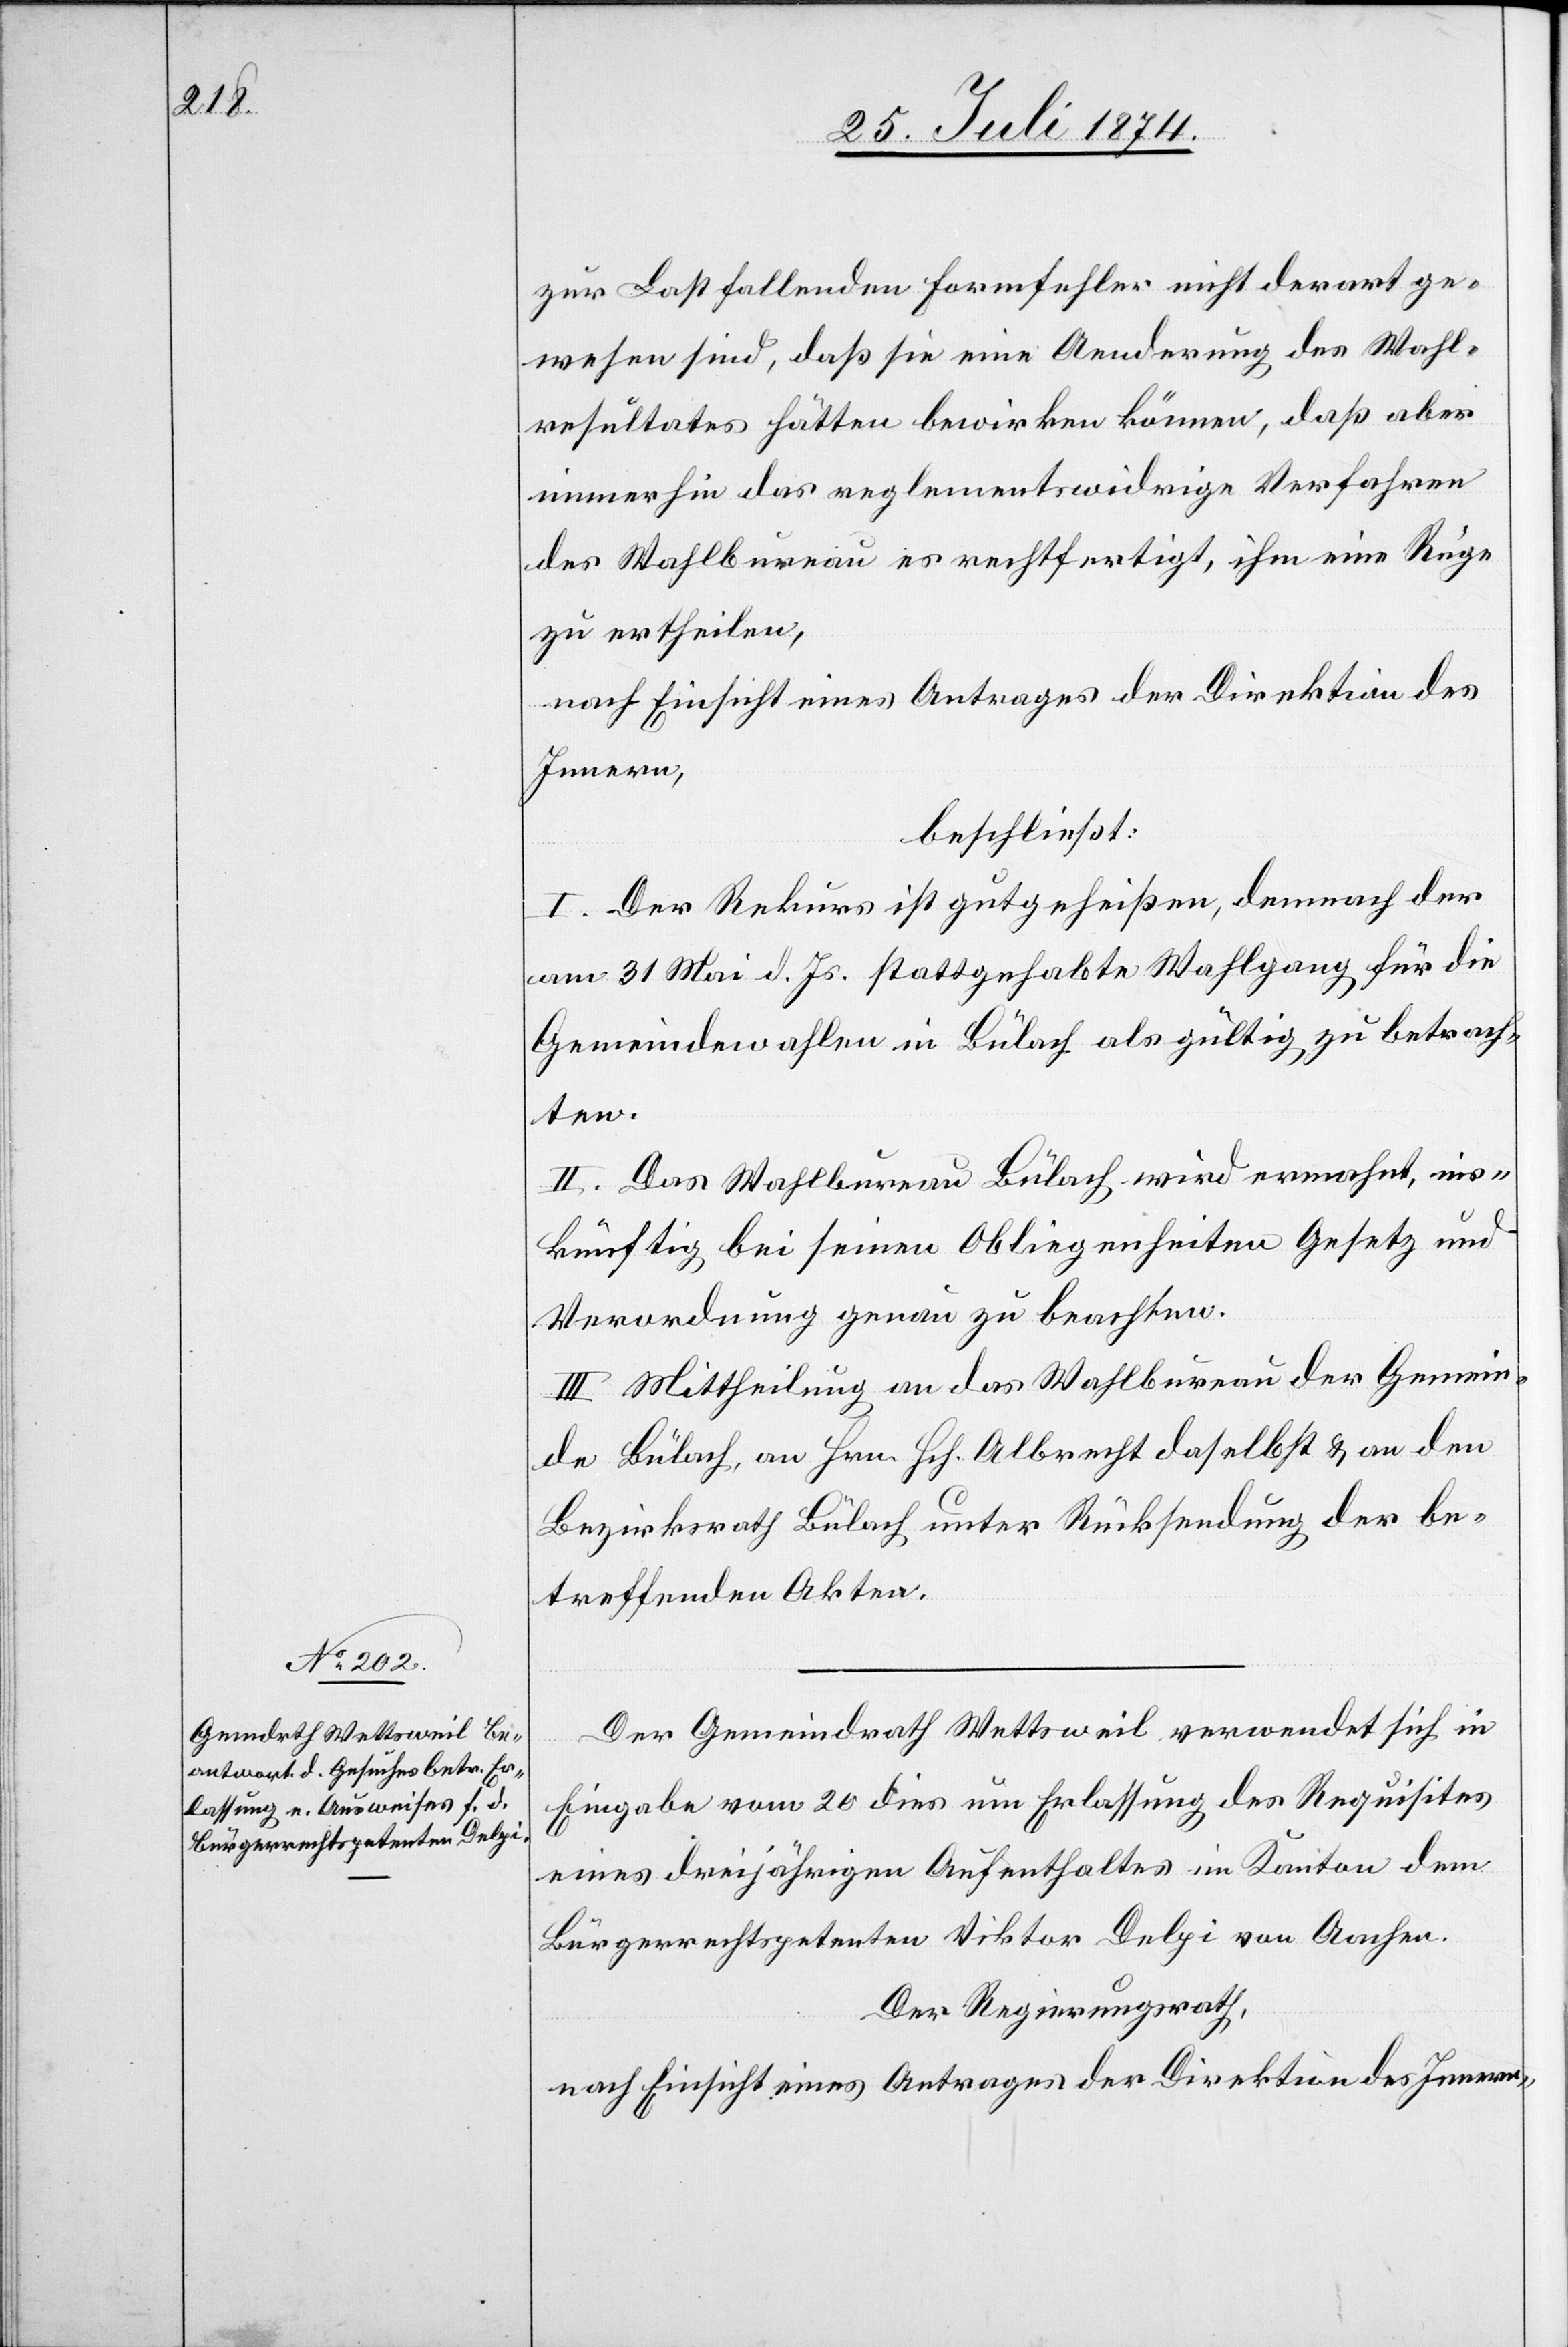
zur Last fallenden Formfehler nicht derart ge¬
wesen sind, daß sie eine Aenderung des Wahl¬
resultates hätten bewirken können, daß aber
immerhin das reglementswidrige Verfahren
des Wahlbureau es rechtfertigt, ihm eine Rüge
zu ertheilen,
nach Einsicht eines Antrages der Direktion des
Innern,
beschließt:
I. Der Rekurs ist gutgeheißen, demnach der
am 31. Mai d. Js. stattgehabte Wahlgang für die
Gemeindewahlen in Bülach als gültig zu betrach¬
ten.
II. Das Wahlbureau Bülach wird ermahnt, ins¬
künftig bei seinen Obliegenheiten Gesetz und
Verordnung genau zu beachten.
III. Mittheilung an das Wahlbureau der Gemein¬
de Bülach, an Hrn. Hch. Albrecht daselbst u. an den
Bezirksrath Bülach unter Rücksendung der be¬
treffenden Akten.
Der Gemeindrath Wettsweil verwendet sich in
Eingabe vom 20. dies um Erlassung des Requisites
eines dreijährigen Aufenthaltes im Kanton dem
Bürgerrechtspetenten Viktor Delpi von Aachen.
Der Regierungsrath,
nach Einsicht eines Antrages der Direktion des Innern,